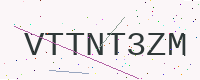
Text: VTTNT3ZM